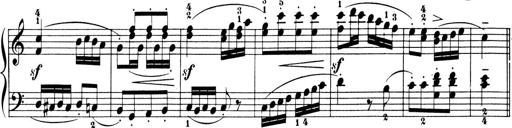
Title: 6 Piano Sonatinas
Composer: Cornelius Gurlitt